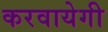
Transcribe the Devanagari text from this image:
करवायेगी